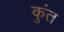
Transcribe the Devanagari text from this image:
कुंत